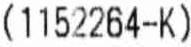
(1152264-K)